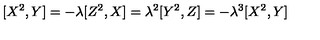
[ X ^ { 2 } , Y ] = - \lambda [ Z ^ { 2 } , X ] = \lambda ^ { 2 } [ Y ^ { 2 } , Z ] = - \lambda ^ { 3 } [ X ^ { 2 } , Y ]